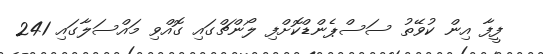
ފީފާ އިން ކުވޭތު ސަސްޕެންޑްކޮށްފި ލޯންޗްގައި ގޮއްވި މައްސަލާގައި 241